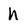
Character: h